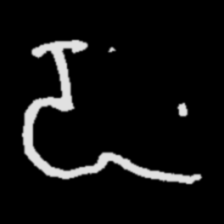
Pyu character \u2014 Myanmar letter: ဍ (romanized: dda)